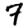
Digit: 7